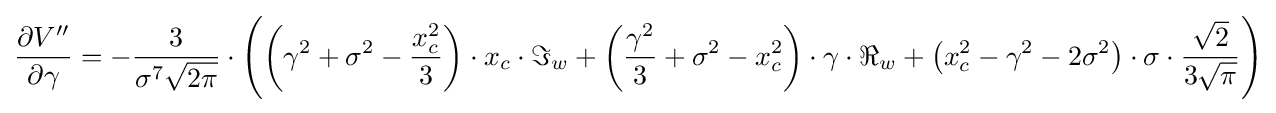
{\begin{aligned}{\frac {\partial V''}{\partial \gamma }}=-{\frac {3}{\sigma ^{7}{\sqrt {2\pi }}}}\cdot \left(\left(\gamma ^{2}+\sigma ^{2}-{\frac {x_{c}^{2}}{3}}\right)\cdot x_{c}\cdot \Im _{w}+\left({\frac {\gamma ^{2}}{3}}+\sigma ^{2}-x_{c}^{2}\right)\cdot \gamma \cdot \Re _{w}+\left(x_{c}^{2}-\gamma ^{2}-2\sigma ^{2}\right)\cdot \sigma \cdot {\frac {\sqrt {2}}{3{\sqrt {\pi }}}}\right)\end{aligned}}